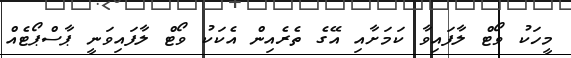
މީހަކު ވޯޓް ލާފައިވާ ކަމަށާއި އޭގެ ތެރެއިން އެކަކު ވޯޓް ލާފައިވަނީ ޕާސްޕޯޓެއް